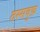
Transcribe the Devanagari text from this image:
तस्सवुफ़